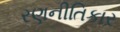
રણનીતિકાર